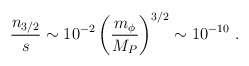
\begin{align*}{n_{3/2}\over s} \sim 10^{-2} \left({m_\phi\over M_P}\right)^{3/2}\sim 10^{-10} \ . \end{align*}